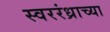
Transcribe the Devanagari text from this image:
स्वररंध्राच्या